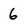
Character: 6